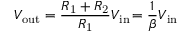
V _ { \mathrm { o u t } } = { \frac { R _ { \mathrm { 1 } } + R _ { \mathrm { 2 } } } { R _ { \mathrm { 1 } } } } V _ { \mathrm { i n } } \! = { \frac { 1 } { \beta } } V _ { \mathrm { i n } }